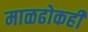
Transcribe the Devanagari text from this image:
माळढोकही